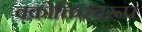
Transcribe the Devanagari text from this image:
वक्रोक्तिस्वरूप